Tallinna_kinnistusamet, lk 3
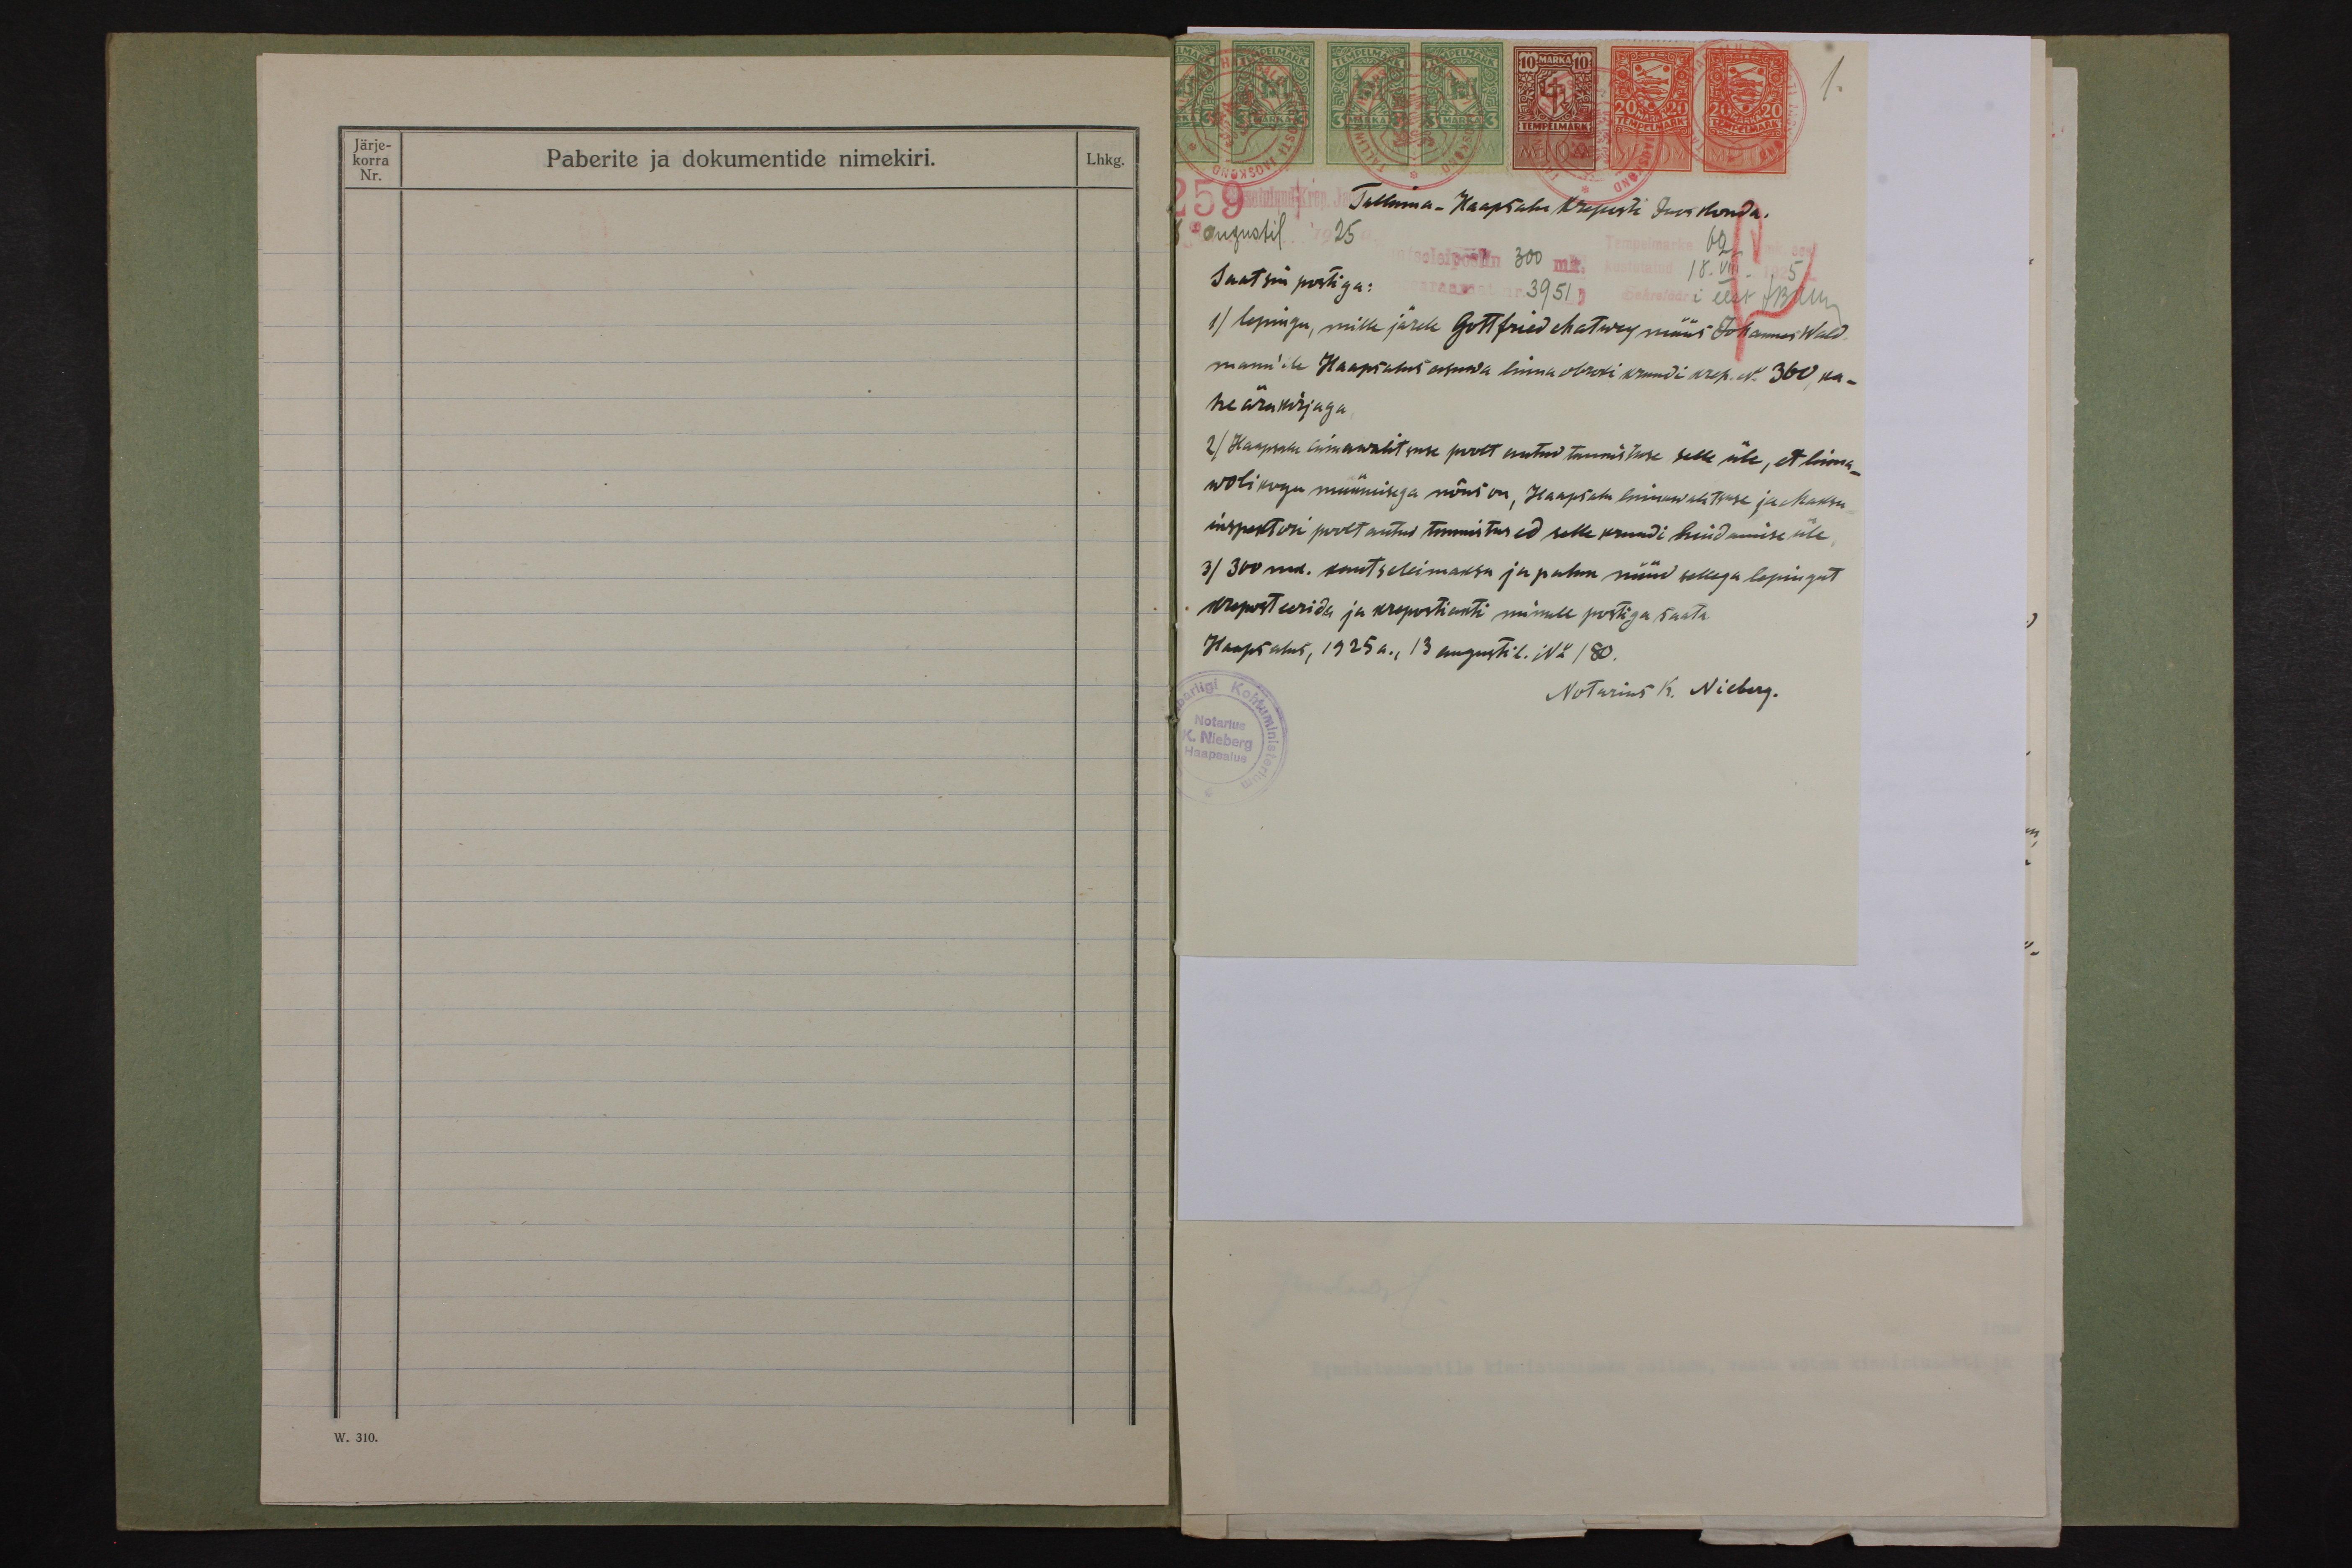
Järje-
korra
Paberite ja dokumentide nimekiri.
Lhkg.
Nr.

Tallinna Haapsalu Kreposti Jaoskonda.
augustil
25
300
Saatsin postiga:
5
3951
1) lepingu, mille järele Gottfried Matwey müüs Johannes Wald-
mann'ile Haapsalus asuwa linna obroki krundi krep. N. 360 ka-
he ärakirjaga.
2) Haapsalu linnawalituse poolt antud tunnistuse selle üle, et linna-
wolikogu müümisega nõus on, Haapsalu linnawalitsuse ja Maksu
inspektori poolt antud tunnistused selle krundi hindamise üle
31 300 mk. kantseleimaksu ja palun nüüd sellega lepingut
kreposteerida ja krepostiakti minule postiga saata.
Haapsalus, 1925 a., 13 augustil. No 180.
Notarius K. Nieberg.